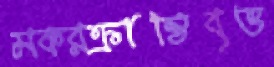
মকরক্রান্তিবৃত্ত